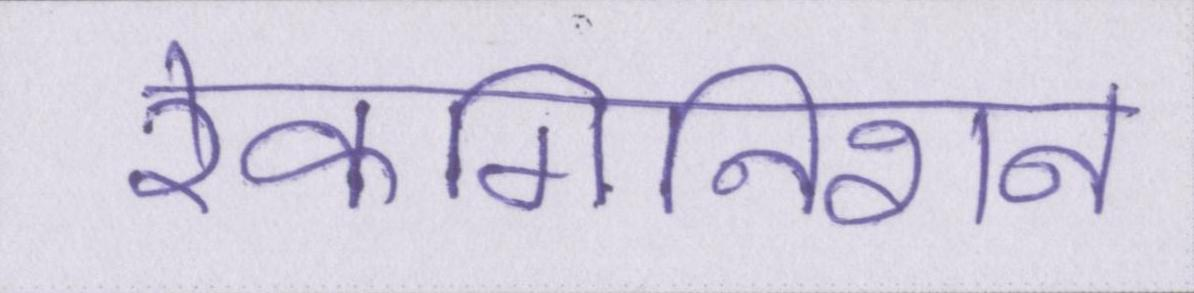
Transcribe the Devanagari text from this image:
रेकगिनिशन